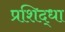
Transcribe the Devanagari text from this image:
प्रशिद्धा